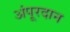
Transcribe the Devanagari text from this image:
अंपूरदान